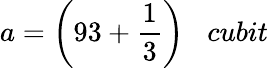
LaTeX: a={\bigg(}93+{\frac{1}{3}}{\bigg)}\; \; \; cubit